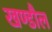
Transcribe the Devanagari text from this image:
खण्डौल